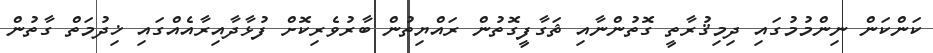
ކަންކަން ނިންމުމުގައި ދިމިޤުރާތީ ގޮތުންނާއި ޘަގާފީގޮތުން ރައްޔިތުން ބާރުވެރިކޮށް ފުޅާދާއިރާއެއްގައި ޚިދުމަތް ގާތުން